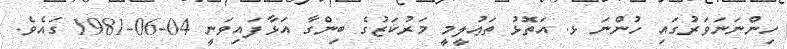
ހިންނަނަވަރުގައި ހުންނަ ޅ. އަތޮޅު ތަޢުލީމީ މަރުކަޒުގެ ބިންގާ އަޅާފައިވަނީ 04-06-1981 ގައެވެ.